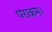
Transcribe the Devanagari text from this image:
पराक्रम।